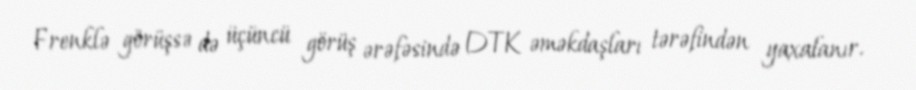
Frenklə görüşsə də üçüncü görüş ərəfəsində DTK əməkdaşları tərəfindən yaxalanır.